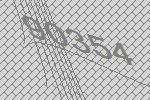
90354